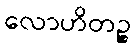
လောဟိတဉ္စ